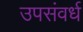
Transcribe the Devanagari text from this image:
उपसंवर्ध